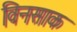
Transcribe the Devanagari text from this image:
विनसाक